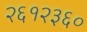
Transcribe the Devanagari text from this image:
२६१२३६०